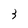
Character: 3